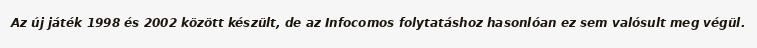
Az új játék 1998 és 2002 között készült, de az Infocomos folytatáshoz hasonlóan ez sem valósult meg végül.